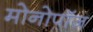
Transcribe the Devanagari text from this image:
मोनोपॉज